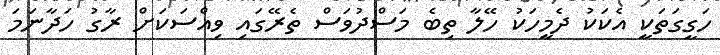
ހަގީގަތަކީ އެކަކު ދެމީހަކު ހޭލާ ތިބެ މަސްދުވަސް ތެރޭގައި ވިއްސަކަށް ރާގު ހަދާނަމަ